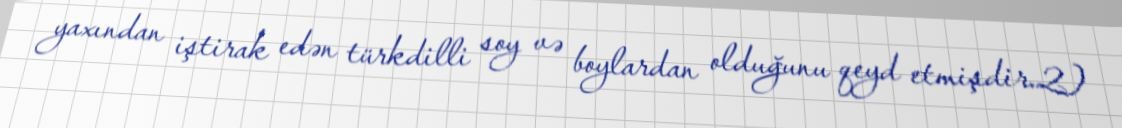
yaxından iştirak edən türkdilli soy və boylardan olduğunu qeyd etmişdir.2)